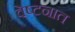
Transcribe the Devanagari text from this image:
वेष्टनात